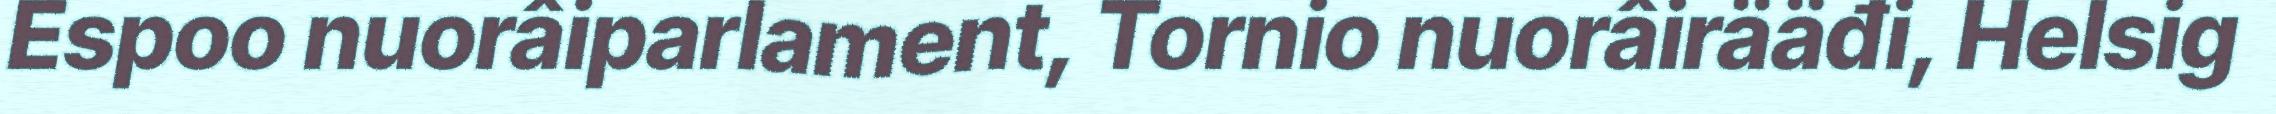
Espoo nuorâiparlament, Tornio nuorâirääđi, Helsig